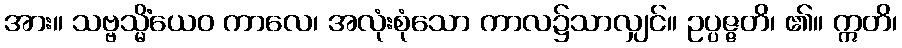
အား။ သဗ္ဗသ္မိံယေဝ ကာလေ၊ အလုံးစုံသော ကာလ၌သာလျှင်။ ဥပ္ပဇ္ဇတိ၊ ၏။ ဣတိ၊